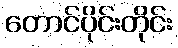
တောင်ပိုင်းတိုင်း